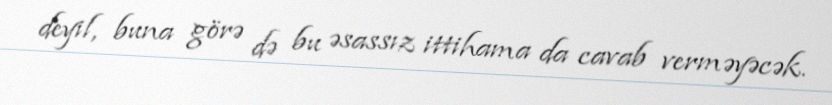
deyil, buna görə də bu əsassız ittihama da cavab verməyəcək.